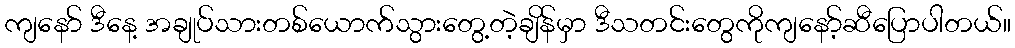
ကျနော် ဒီနေ့ အချုပ်သားတစ်ယောက်သွားတွေ့တဲ့ချိန်မှာ ဒီသတင်းတွေကိုကျနော့်ဆီပြောပါတယ်။